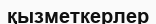
қызметкерлер